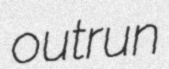
outrun